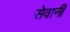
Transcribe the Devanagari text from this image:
सेवानी